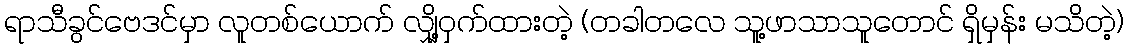
ရာသီခွင်ဗေဒင်မှာ လူတစ်ယောက် လျှို့ဝှက်ထားတဲ့ (တခါတလေ သူ့ဖာသာသူတောင် ရှိမှန်း မသိတဲ့)